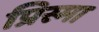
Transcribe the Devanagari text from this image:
प्रिस्मा